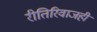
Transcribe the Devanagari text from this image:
रीतिरिवाजही